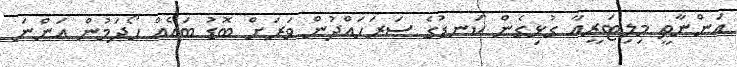
އަންނާތީ މިލިޓަރީއާ ގުޅިގެން ކަނޑުގެ ސަރަހައްދުން ވަރަށް ބޮޑު ބައެއް ހޯދަމުން އަންނަ